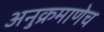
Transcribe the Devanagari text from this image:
अनुक्रमाणेच